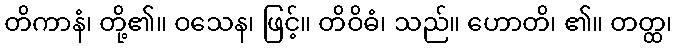
တိကာနံ၊ တို့၏။ ဝသေန၊ ဖြင့်။ တိဝိဓံ၊ သည်။ ဟောတိ၊ ၏။ တတ္ထ၊